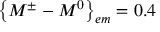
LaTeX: \left\{ M ^ { \pm } - M ^ { 0 } \right\} _ { e m } = 0 . 4